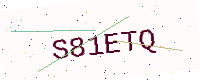
Text: S81ETQ